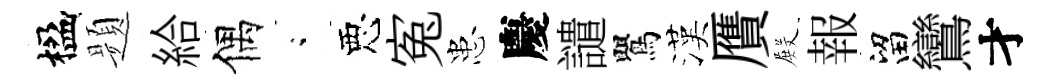
楹题給偶閤惡寃患慶譴鸎漢贋𭮺報留鸞才